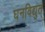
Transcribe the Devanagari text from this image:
घनविद्युत्